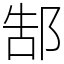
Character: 郜